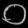
Digit: ၀